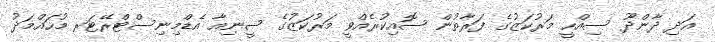
އަދި ދާންދޫ ސިއްހީ މަރުކަޒުގެ ފަރާތުން ސޮއިކުރެއްވީ މަރުކަޒުގެ ސީނިއާާ އެޑްމިނިސްޓްރޭޓަރ މުހައްމަދު